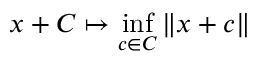
x + C \mapsto \operatorname* { i n f } _ { c \in C } \| x + c \|